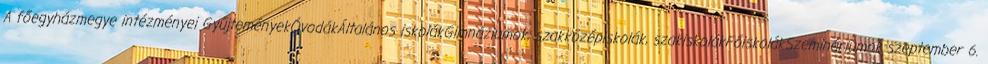
A főegyházmegye intézményei GyűjteményekÓvodákÁltalános iskolákGimnáziumok, szakközépiskolák, szakiskolákFőiskolákSzemináriumok szeptember 6.